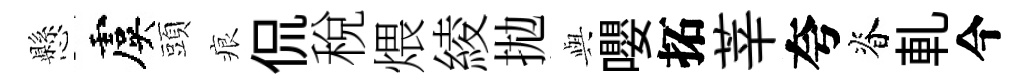
懸虞頭痕侃稅煨綾拋𫤰嚶拓莘夸脊軋今